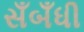
સઁબઁધી